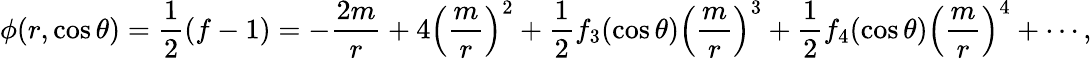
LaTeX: \phi(r,\cos\theta)=\frac{1}{2}(f-1)=-\frac{2m}{r}+4\left(\frac{m}{r}\right)^{2}+\frac{1}{2}f_{3}(\cos\theta)\left(\frac{m}{r}\right)^{3}+\frac{1}{2}f_{4}(\cos\theta)\left(\frac{m}{r}\right)^{4}+\cdots,